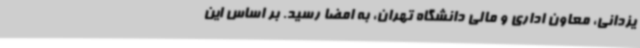
یزدانی، معاون اداری و مالی دانشگاه تهران، به امضا رسید. بر اساس این